Trukikaitis_Postimees, lk 3
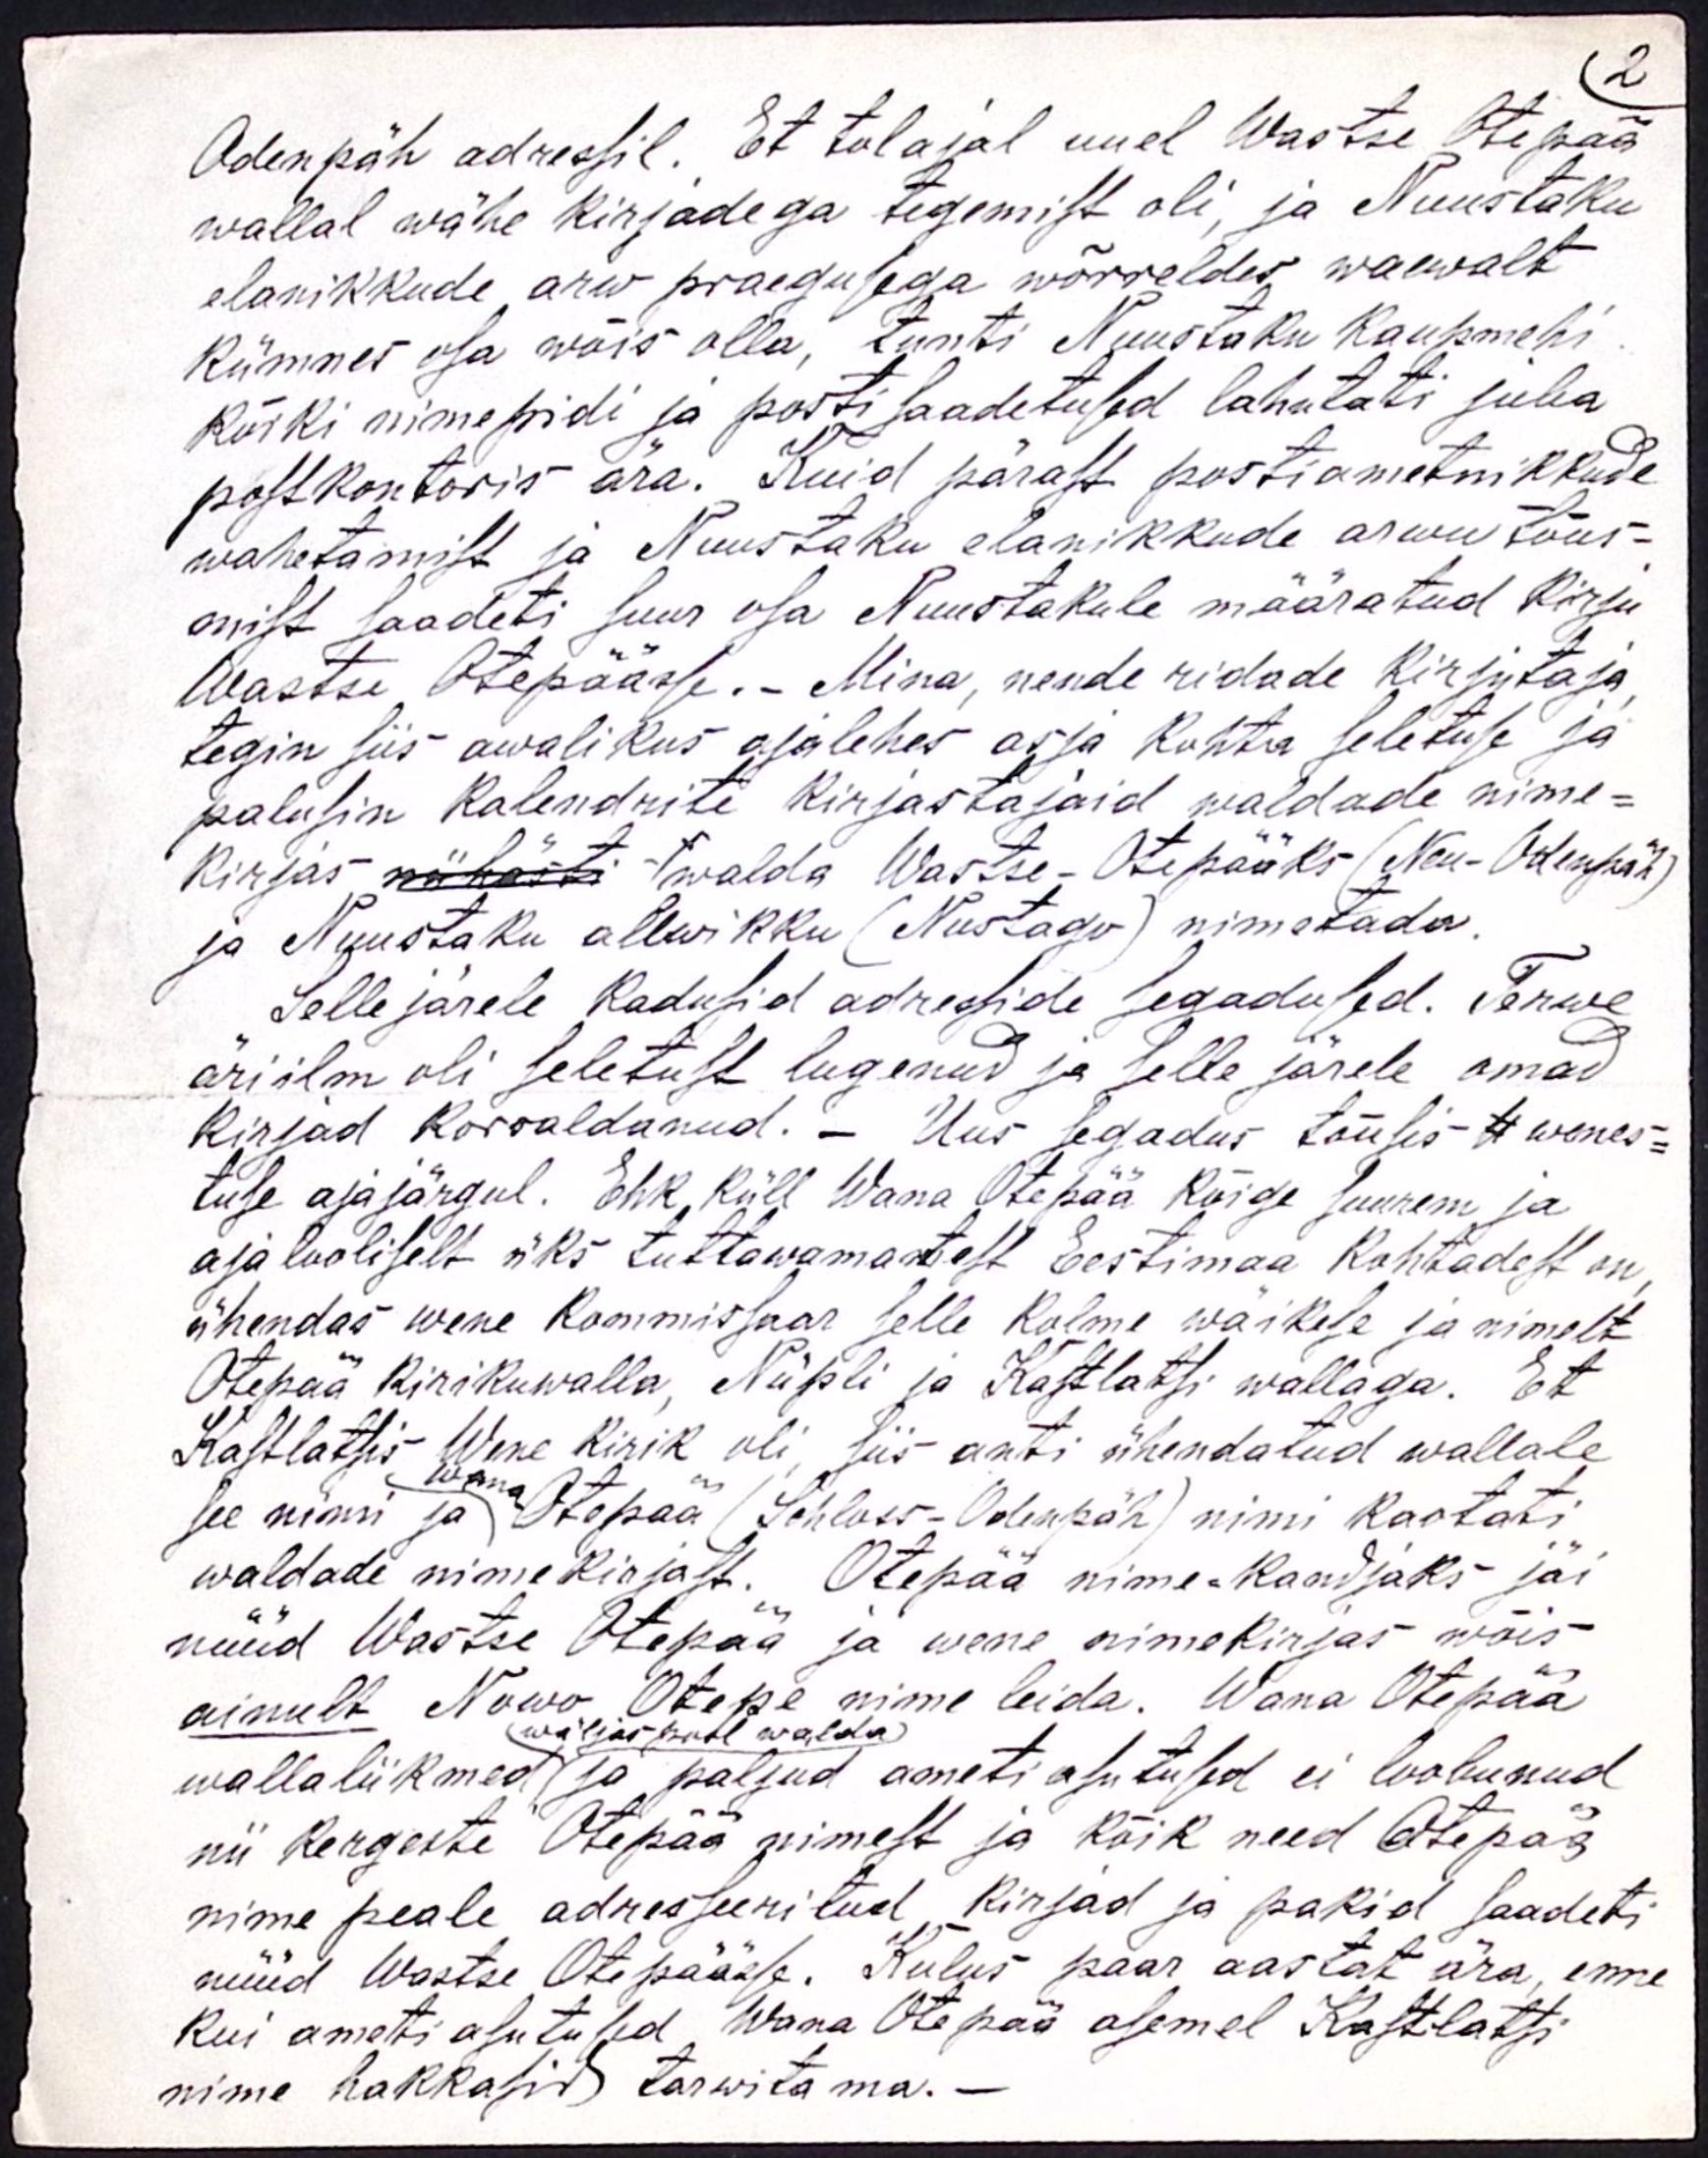
2
Odenpäh adressil. Et tol ajal uuel Wastse Otepää
wallal wähe kirjadega tegemist oli, ja Nuustaku
elanikkude arw praegusega wõrreldes waewalt
Kümnes osa wõis olla, tunti Nuustaku kaupmehi
kõiki nimepidi ja posti saadetused lahutati juba
postkontoris ära. Kuid pärast postiametnikkude
wahetamist ja Nuustaku elanikkude arwu tõus-
mist saadeti suur osa Nuustakule määratud Kirju
Wastse Otepäässe. - Mina, nende ridade Kirjutaja
tegin siis awalikus ajalehes asja kohta seletuse ja
palusin Kalendrite kirjastajaid waldade nime-
Kirjas walda Wastse-Otepääks (Neu-Odenpäh)
ja Nuustaku alewikku (Nustagu) nimetada.
Selle järele kadusid adresside segadused. Terwe
äri ilm oli seletust lugenud ja selle järele omad
kirjad kõrwaldanud. - Uus segadus tõusis wenes-
tuse ajajärgul. Ehk küll Wana Otepää Kõige suurem ja
ajalooliselt üks tuttawamatest Eestimaa Kohtadest on
ühendas wene Kommissaar selle Kolme wäikese ja nimelt
Otepää kirikuwalla, Nüpli ja Kastolatsi wallaga. Et
Kastlatsis Wene Kirik oli, siis anti ühendatud wallale
see nimi ja Otepää (Schloss-Odenpäh) nimi kaotati
waldade nimekirjast. Otepää nime-kandjaks jäi
nüüd Wastse Otepää ja wene nimekirjas wõis
ainult Nowo Otepe nime leida. Wana Otepää
wallaliikmed ja paljud ameti asutused ei loobunud
nii kergesti Otepää nimest ja kõik need Otepää
nime peale adresseeritud, kirjad ja pakid saadeti
nüüd Wastse Otepäässe. Kulus paar aastat ära, enne
kui ameti asutused, Wana Otepää asemel Kastlatsi
nime hakkasid tarwitama. -